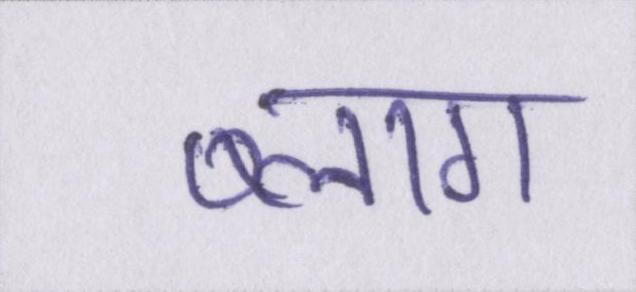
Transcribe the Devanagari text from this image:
ब्लाग